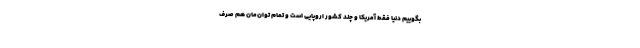
بگوییم دنیا فقط آمریکا و چند کشور اروپایی است و تمام توان‌مان هم صرف